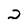
Character: 2